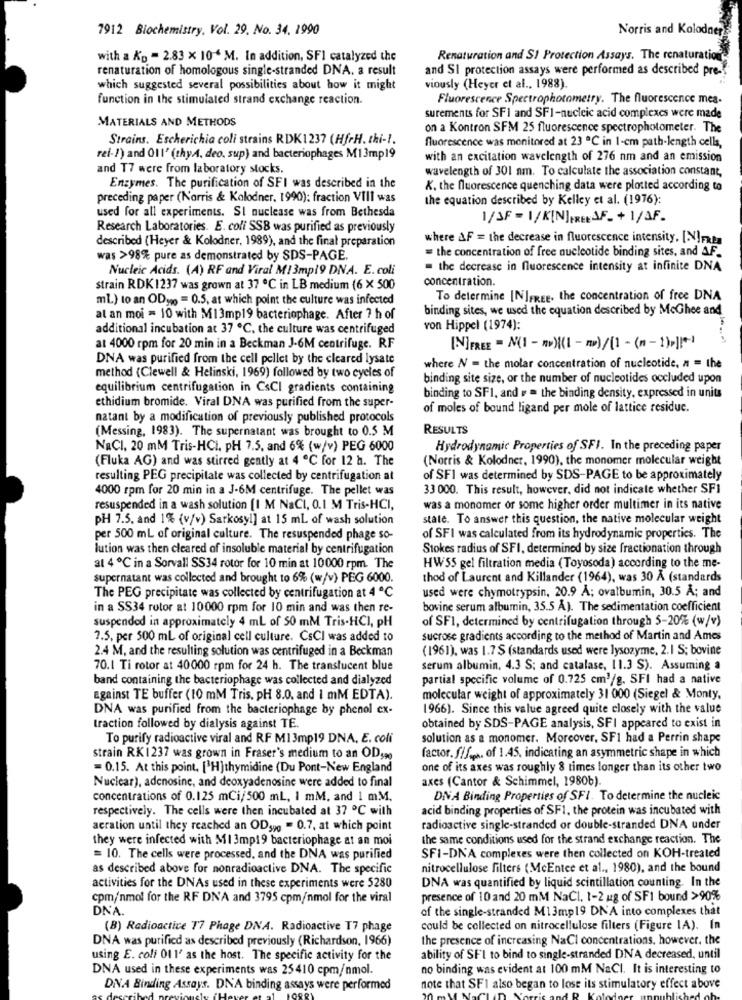
7912 Biochemistry, Vol. 29, No. 34, 1990
Norris and Kolodner
with a Kp = 2.83 x 104 M. In addition, SFI catalyzed the
Renaturation and SI Protection Assays. The renaturation
renaturation of homologous single-stranded DNA. a result
and SI protection assays were performed as described pre-
which suggested several possibilities about how it might
viously (Heyer et al ., 1988).
function in the stimulated strand exchange reaction.
Fluorescence Spectrophotometry. The fluorescence mes.
MATERIALS AND METHODS
surements for SFI and SF1-nucleic acid complexes were made
on a Kontron SFM 25 fluorescence spectrophotometer. The
Strains. Escherichia coli strains RDK1237 (HfrH. thi-1.
fluorescence was monitored at 23 ℃ in 1-em path-length cells,
rei -! ) and 01l' (thyA. deo, sup) and bacteriophages M1 3mp19
with an excitation wavelength of 276 nm and an emission
and T7 were from laboratory stocks.
wavelength of 301 nm. To calculate the association constant,
Enzymes. The purification of SFI was described in the
K. the fluorescence quenching data were plotted according to
preceding paper (Norris & Kolodner. 1990): fraction VIII was
the equation described by Kelley et al. (1976):
used for all experiments. SI nuclease was from Bethesda
1/SF = 1/KIN]FREEAF_+ 1/AF.
Research Laboratories. E. coli SSB was purified as previously
where &F = the decrease in fluorescence intensity. [N]paga
described (Heyer & Kolodner, 1989), and the final preparation
= the concentration of free nucleotide binding sites, and AF.
was >98% pure as demonstrated by SDS-PAGE.
Nucleic Acids. (A) RF and Viral M13mp19 DNA. E.coli
the decrease in fluorescence intensity at infinite DNA
concentration.
strain RDK1237 was grown at 37 ℃ in LB medium (6 X 500
mL) to an ODypg = 0.5, at which point the culture was infected
To determine [N]FREE, the concentration of free DNA
binding sites, we used the equation described by McGhee and
at an moi = 10 with M13mp19 bacteriophage. After 7 h of
additional incubation at 37 ℃, the culture was centrifuged
von Hippel (1974):
at 4000 rpm for 20 min in a Beckman J-6M centrifuge. RF
[N]FREE = N(1 - R){(I - m)/[1 - (n -1),][*]
DNA was purified from the cell pellet by the cleared lysate
where N = the molar concentration of nucleotide, n = the
method (Clewell & Helinski, 1969) followed by two eyeles of
binding site size, or the number of nucleotides occluded upon
equilibrium centrifugation in CsCl gradients containing
ethidium bromide. Viral DNA was purified from the super-
binding to SF1, and # = the binding density, expressed in units
of moles of bound ligand per mole of lattice residuc.
natant by a modification of previously published protocols
(Messing, 1983). The supernatant was brought to 0.5 M
RESULTS
NaCl. 20 mM Tris-HCI, PH 7.5, and 6% (w/v) PEG 6000
Hydrodynamic Properties of SFI. In the preceding paper
(Fluka AG) and was stirred gently at 4 ℃ for 12 h. The
(Norris & Kolodner, 1990), the monomer molecular weight
resulting PEG precipitate was collected by centrifugation at
of SFI was determined by SDS-PAGE to be approximately
4000 rpm for 20 min in a J-6M centrifuge. The pellet was
33 000. This result, however, did not indicate whether SFI
resuspended in a wash solution [I M NaCI, 0.1 M Tris-HCI,
was a monomer or some higher order multimer in its native
PH 7.5, and 1% (v/v) Sarkosyl] at 15 ml of wash solution
state. To answer this question, the native molecular weight
per 500 ml of original culture. The resuspended phage so-
of SFI was calculated from its hydrodynamic properties. The
lution was then cleared of insoluble material by centrifugation
Stokes radius of SFI, determined by size fractionation through
a1 4 ℃ in a Sorvall SS34 rotor for 10 min at 10000 rpm. The
HWSS gel filtration media (Toyosoda) according to the me-
supernatant was collected and brought to 6% (w/v) PEG 6000.
thod of Laurent and Killander (1964), was 30 A (standards
used were chymotrypsin, 20.9 Å; ovalbumin, 30.5 Å; and
The PEG precipitate was collected by centrifugation at 4 ℃
in a SS34 rotor at 10000 rpm for 10 min and was then re-
bovine serum albumin, 35.5 A). The sedimentation coefficient
suspended in approximately 4 mL of 50 mM Tris.HCI, pH
of SFI, determined by centrifugation through 5-20% (w/v)
7.5, per 500 ml of original cell culture. CsCl was added to
sucrose gradients according to the method of Martin and Ames
2.4 M, and the resulting solution was centrifuged in a Beckman
(1961), was 1.7 $ (standards used were lysozyme, 2.1 S; bovine
70.1 Ti rotor at 40000 rpm for 24 h. The translucent blue
serum albumin, 4.3 S; and catalase, 11.3 S). Assuming a
band containing the bacteriophage was collected and dialyzed
partial specific volume of 0.725 cm3/g. SFI had a native
against TE buffer (10 mM Tris. pH 8.0. and i mM EDTA).
molecular weight of approximately 31 000 (Siegel & Monty,
DNA was purified from the bacteriophage by phenol ex-
1966). Since this value agreed quite closely with the value
traction followed by dialysis against TE.
obtained by SDS-PAGE analysis, SFI appeared to exist in
To purify radioactive viral and RF M13mp19 DNA, E. coli
solution as a monomer. Moreover, SFI had a Perrin shape
factor. f/f.s. of 1.45, indicating an asymmetric shape in which
strain RK1237 was grown in Fraser's medium to an OD,90
=0.15. At this point, ['H] thymidine (Du Pont-New England
one of its axes was roughly 8 times longer than its other two
Nuclear), adenosine, and deoxyadenosine were added to final
axes (Cantor & Schimmel, 1980b).
concentrations of 0.125 mCi/500 ml, I mM, and 1 m.M.
DNA Binding Properties of SFI. To determine the nucleic
respectively. The cells were then incubated at 37 ℃ with
acid binding properties of SF1. the protein was incubated with
aeration until they reached an ODypg = 0.7, at which point
radioactive single-stranded or double-stranded DNA under
they were infected with MI 3mp19 bacteriophage at an moi
the same conditions used for the strand exchange reaction. The
= 10. The cells were processed, and the DNA was purified
SFI-DNA complexes were then collected on KOH-treated
as described above for nonradioactive DNA. The specific
nitrocellulose filters (McEntee et al ., 1980), and the bound
DNA was quantified by liquid scintillation counting. In the
activities for the DNAs used in these experiments were 5280
cpm/'nmol for the RF DN'A and 3795 cpm/nmol for the viral
presence of 10 and 20 mM NaCl, 1-2 ug of SFI bound >90%
DNA.
of the single-stranded M13mp19 DNA into complexes that
(B) Radioactive T7 Phage DNA. Radioactive T7 phage
could be collected on nitrocellulose filters (Figure 1A). In
DNA was purified as described previously (Richardson, 1966)
the presence of increasing NaCl concentrations. however, the
using E. coli 01 1' as the host. The specific activity for the
ability of SFI to bind to single-stranded DNA decreased, until
DNA used in these experiments was 25410 cpm/nmol.
no binding was evident at 100 mM NaCl. It is interesting to
DNA Binding Assays. DNA binding assays were performed
note that SFI also began to lose its stimulatory effect above